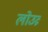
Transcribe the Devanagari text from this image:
लोउव्र